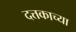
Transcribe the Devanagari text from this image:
दत्तकाच्या